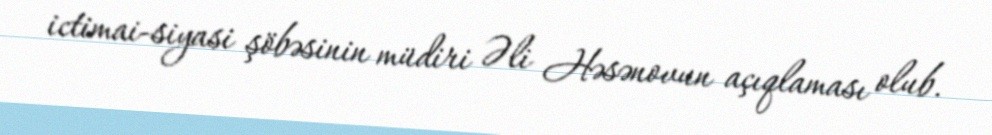
ictimai-siyasi şöbəsinin müdiri Əli Həsənovun açıqlaması olub.